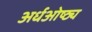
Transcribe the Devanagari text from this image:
अर्धओष्ठ्य